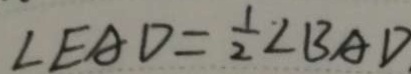
\angle E A D = \frac { 1 } { 2 } \angle B A D